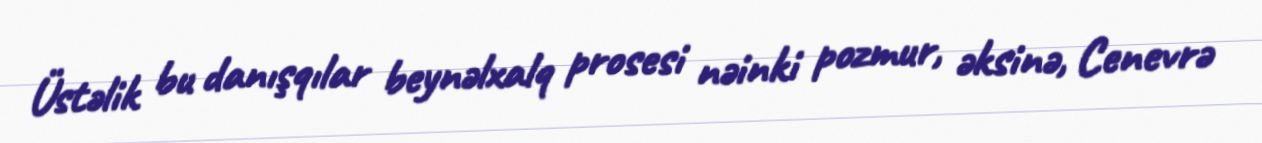
Üstəlik bu danışqılar beynəlxalq prosesi nəinki pozmur, əksinə, Cenevrə